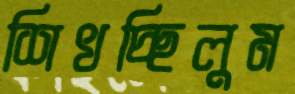
শিখচ্ছিলুম